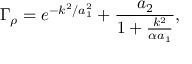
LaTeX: \Gamma _ { \rho } = e ^ { - k ^ { 2 } / a _ { 1 } ^ { 2 } } + \frac { a _ { 2 } } { 1 + \frac { k ^ { 2 } } { \alpha a _ { 1 } } } ,